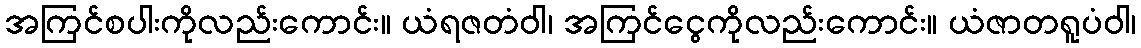
အကြင်စပါးကိုလည်းကောင်း။ ယံရဇတံဝါ၊ အကြင်ငွေကိုလည်းကောင်း။ ယံဇာတရူပံဝါ၊